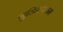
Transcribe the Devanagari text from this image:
गुडिमंगलम